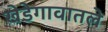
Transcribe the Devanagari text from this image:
खेडेगावातले